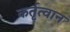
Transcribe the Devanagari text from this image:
कर्तृत्वान